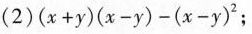
(2) $$( x + y ) ( x - y ) - ( x - y ) ^ { 2 }$$;